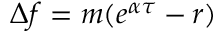
\begin{array} { r } { \Delta f = m ( e ^ { \alpha \tau } - r ) } \end{array}